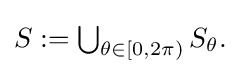
{\textstyle S:=\bigcup _{\theta \in [0,2\pi )}S_{\theta }.}